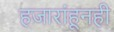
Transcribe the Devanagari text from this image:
हजारांहूनही